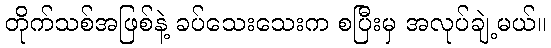
တိုက်သစ်အဖြစ်နဲ့ ခပ်သေးသေးက စပြီးမှ အလုပ်ချဲ့မယ်။